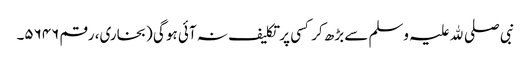
نبی صلی ﷲ علیہ وسلم سے بڑھ کر کسی پر تکلیف نہ آئی ہو گی (بخاری، رقم ۵۶۴۶۔